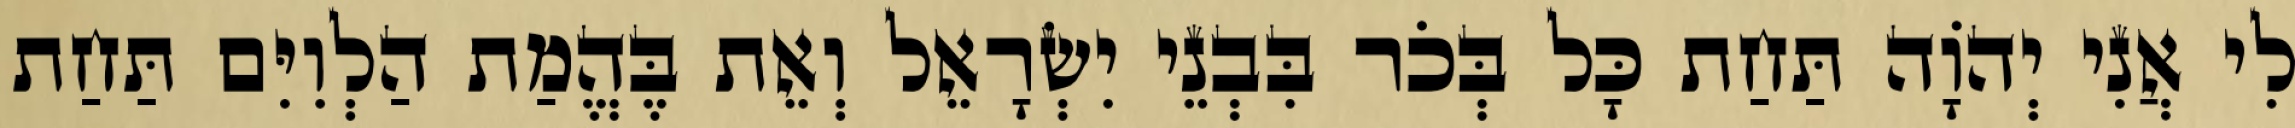
לִי אֲנִי יְהֹוָה תַּחַת כָּל בְּכֹר בִּבְנֵי יִשְׂרָאֵל וְאֵת בֶּהֱמַת הַלְוִיִּם תַּחַת